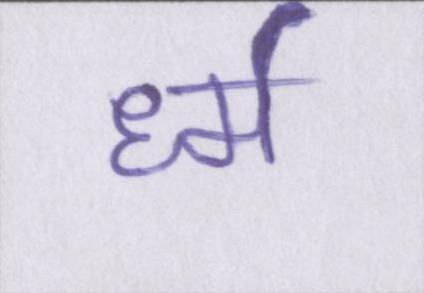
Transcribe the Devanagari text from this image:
र्ध्म